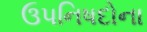
ઉપનિષદોના